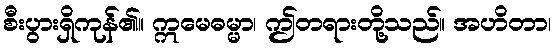
စီးပွားရှိကုန်၏။ ဣမေဓမ္မာ၊ ဤတရားတို့သည်။ အဟိတာ၊